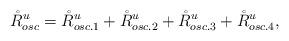
LaTeX: \begin{align*}\mathring{R}_{osc}^u &= \mathring{R}_{osc.1}^u + \mathring{R}_{osc.2}^u+ \mathring{R}_{osc.3}^u+ \mathring{R}_{osc.4}^u,\end{align*}